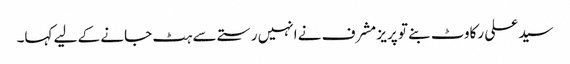
سید علی رکاوٹ بنے تو پریز مشرف نے انہیں رستے سے ہٹ جانے کے لیے کہا۔